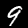
Digit: 9